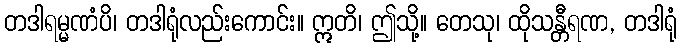
တဒါရမ္မဏံပိ၊ တဒါရုံလည်းကောင်း။ ဣတိ၊ ဤသို့။ တေသု၊ ထိုသန္တီရဏ, တဒါရုံ